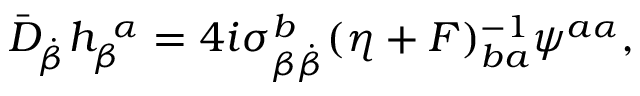
\bar { \cal D } _ { \dot { \beta } } h _ { \beta } ^ { ~ \alpha } = 4 i \sigma _ { \beta { \dot { \beta } } } ^ { b } ( \eta + F ) _ { b a } ^ { - 1 } \psi ^ { a \alpha } ,